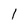
Character: 1